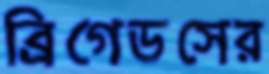
ব্রিগেডসের